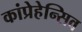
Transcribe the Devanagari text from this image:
कांप्रेहेन्सिव